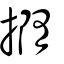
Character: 撱